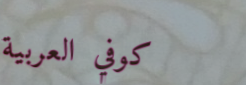
كوفي العربية